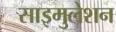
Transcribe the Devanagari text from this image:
साइमुलेशन